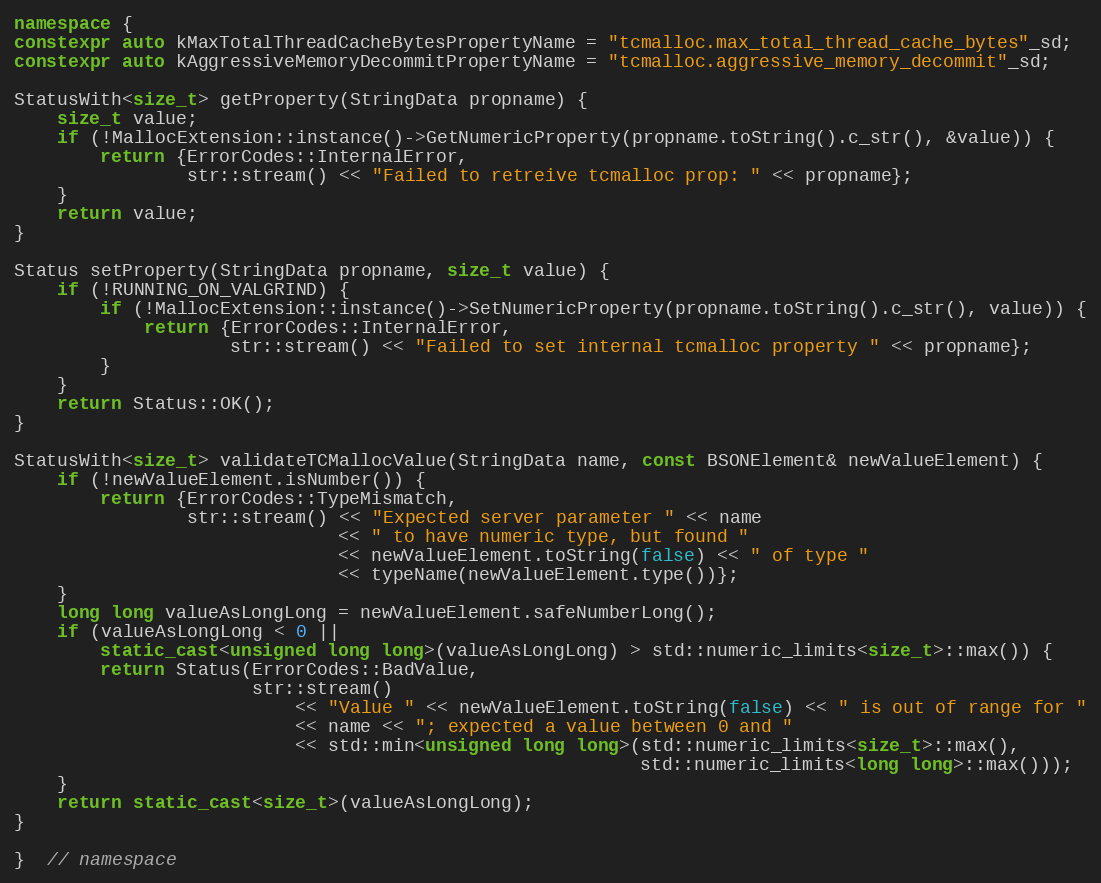
Language: C++
namespace {
constexpr auto kMaxTotalThreadCacheBytesPropertyName = "tcmalloc.max_total_thread_cache_bytes"_sd;
constexpr auto kAggressiveMemoryDecommitPropertyName = "tcmalloc.aggressive_memory_decommit"_sd;

StatusWith<size_t> getProperty(StringData propname) {
    size_t value;
    if (!MallocExtension::instance()->GetNumericProperty(propname.toString().c_str(), &value)) {
        return {ErrorCodes::InternalError,
                str::stream() << "Failed to retreive tcmalloc prop: " << propname};
    }
    return value;
}

Status setProperty(StringData propname, size_t value) {
    if (!RUNNING_ON_VALGRIND) {
        if (!MallocExtension::instance()->SetNumericProperty(propname.toString().c_str(), value)) {
            return {ErrorCodes::InternalError,
                    str::stream() << "Failed to set internal tcmalloc property " << propname};
        }
    }
    return Status::OK();
}

StatusWith<size_t> validateTCMallocValue(StringData name, const BSONElement& newValueElement) {
    if (!newValueElement.isNumber()) {
        return {ErrorCodes::TypeMismatch,
                str::stream() << "Expected server parameter " << name
                              << " to have numeric type, but found "
                              << newValueElement.toString(false) << " of type "
                              << typeName(newValueElement.type())};
    }
    long long valueAsLongLong = newValueElement.safeNumberLong();
    if (valueAsLongLong < 0 ||
        static_cast<unsigned long long>(valueAsLongLong) > std::numeric_limits<size_t>::max()) {
        return Status(ErrorCodes::BadValue,
                      str::stream()
                          << "Value " << newValueElement.toString(false) << " is out of range for "
                          << name << "; expected a value between 0 and "
                          << std::min<unsigned long long>(std::numeric_limits<size_t>::max(),
                                                          std::numeric_limits<long long>::max()));
    }
    return static_cast<size_t>(valueAsLongLong);
}

}  // namespace